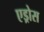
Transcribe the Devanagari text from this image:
एड्रोस